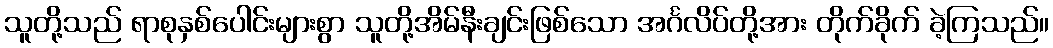
သူတို့သည် ရာစုနှစ်ပေါင်းများစွာ သူတို့အိမ်နီးချင်းဖြစ်သော အင်္ဂလိပ်တို့အား တိုက်ခိုက် ခဲ့ကြသည်။